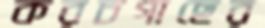
করচগাছের